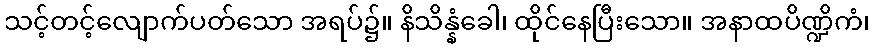
သင့်တင့်လျောက်ပတ်သော အရပ်၌။ နိသိန္နံခေါ၊ ထိုင်နေပြီးသော။ အနာထပိဏ္ဍိကံ၊